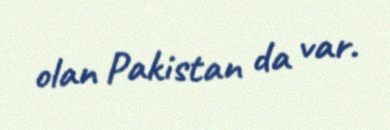
olan Pakistan da var.